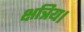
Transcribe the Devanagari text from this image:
क्षत्रिय।